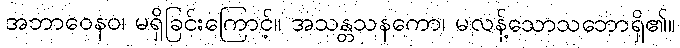
အဘာဝေနဝ၊ မရှိခြင်းကြောင့်။ အသန္တသနကော၊ မလန့်သောသဘောရှိ၏။